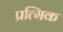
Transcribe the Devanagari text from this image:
प्रत्मिक